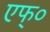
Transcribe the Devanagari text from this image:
एफ्‌०